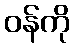
ဝန်ကို